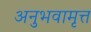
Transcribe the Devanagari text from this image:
अनुभवामृत्त